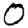
Digit: 0